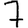
Digit: 7